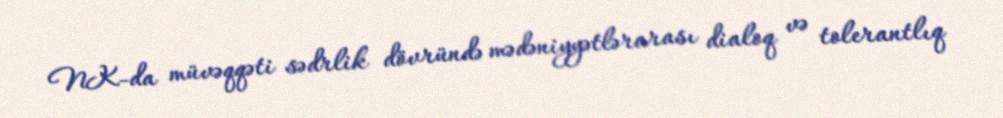
NK-da müvəqqəti sədrlik dövründə mədəniyyətlərarası dialoq və tolerantlıq